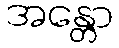
အန္တော